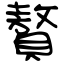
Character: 贅